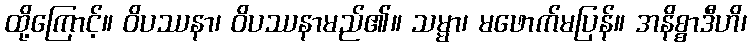
ထို့ကြောင့်။ ဝိပဿနာ၊ ဝိပဿနာမည်၏။ သမ္မာ၊ မဖောက်မပြန်။ အနိစ္စာဒီဟိ၊